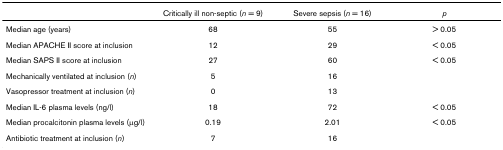
|  | Critically ill non-septic (n = 9) | Severe sepsis (n = 16) | p |
 | --- | --- | --- | --- |
 | Median age (years) | 68 | 55 | > 0.05 |
 | Median APACHE II score at inclusion | 12 | 29 | < 0.05 |
 | Median SAPS II score at inclusion | 27 | 60 | < 0.05 |
 | Mechanically ventilated at inclusion (n) | 5 | 16 |  |
 | Vasopressor treatment at inclusion (n) | 0 | 13 |  |
 | Median IL-6 plasma levels (ng/l) | 18 | 72 | < 0.05 |
 | Median procalcitonin plasma levels (μg/l) | 0.19 | 2.01 | < 0.05 |
 | Antibiotic treatment at inclusion (n) | 7 | 16 |  |